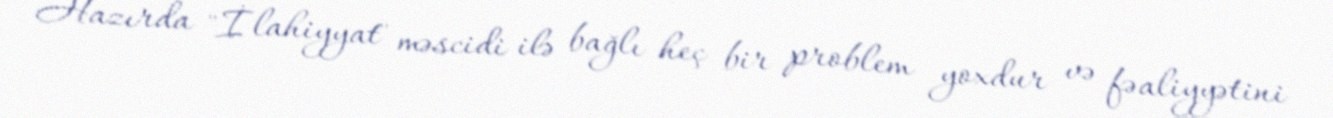
Hazırda "İlahiyyat" məscidi ilə bağlı heç bir problem yoxdur və fəaliyyətini